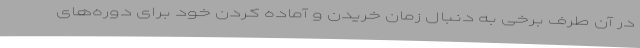
در آن طرف برخی به دنبال زمان خریدن و آماده کردن خود برای دوره‌های